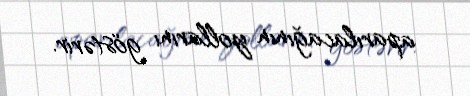
aparılacağının yollarını göstərir.